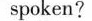
spoken?